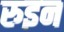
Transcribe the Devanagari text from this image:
रुइन